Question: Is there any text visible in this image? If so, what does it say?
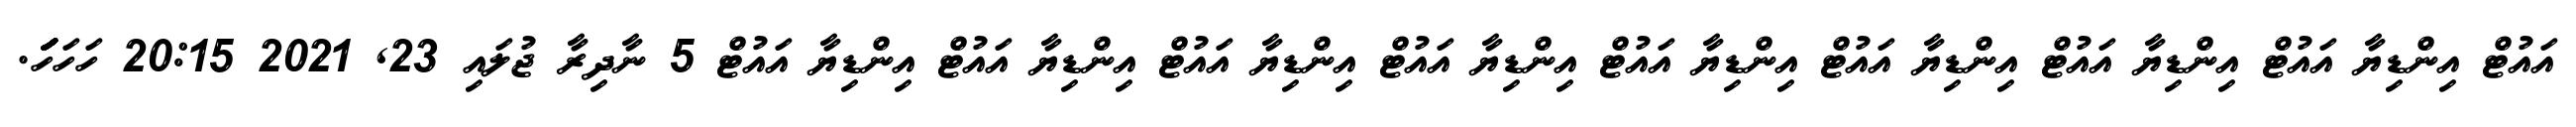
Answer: އައުޓް އިންޑިޔާ އައުޓް އިންޑިޔާ އައުޓް އިންޑިޔާ އައުޓް އިންޑިޔާ އައުޓް އިންޑިޔާ އައުޓް އިންޑިޔާ އައުޓް އިންޑިޔާ އައުޓް އިންޑިޔާ އައުޓް 5 ނާދިރާ ޖުލައި 23, 2021 20:15 ހަހަހަަަަަަަަަ.